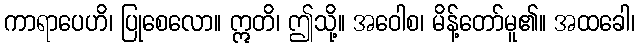
ကာရာပေဟိ၊ ပြုစေလော။ ဣတိ၊ ဤသို့။ အဝေါစ၊ မိန့်တော်မူ၏။ အထခေါ၊